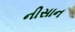
નીસાન